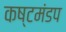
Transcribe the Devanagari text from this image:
कष्टमंडप